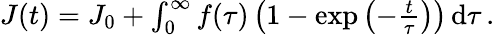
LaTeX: \begin{array}{r}{J(t)=J_{0}+\int_{0}^{\infty}f(\tau)\left(1-\exp\left(-\frac{t}{\tau}\right)\right)\, \mathrm{d}\tau\, .}\end{array}